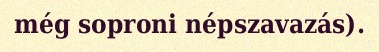
még soproni népszavazás).